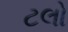
ટલો